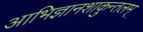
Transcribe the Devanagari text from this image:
आभिज्ञानशाकुन्तलम्